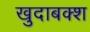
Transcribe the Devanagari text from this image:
खुदाबक्‍श